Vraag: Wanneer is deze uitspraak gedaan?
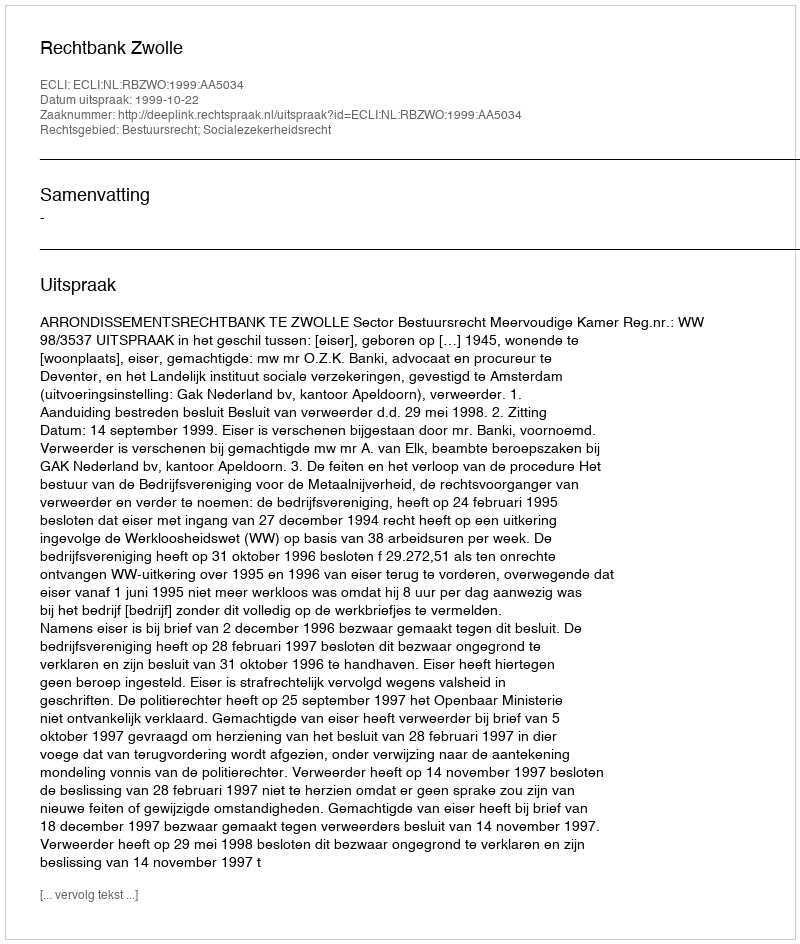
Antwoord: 1999-10-22